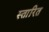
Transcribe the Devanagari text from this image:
स्तारित